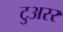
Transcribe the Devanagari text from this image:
टुअरर